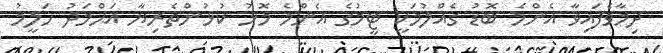
ދިމާވެފައިވާ އެންމެ ބޮޑު ގެއްލުމަކީ ޓީމުގެ އެންމެ މޮޅު ކުޅުންތެރިޔާ އަޙްމަދު ހަލީމު